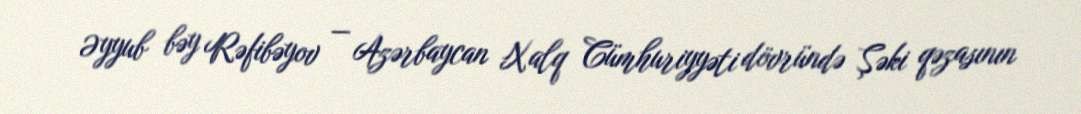
Əyyub bəy Rəfibəyov — Azərbaycan Xalq Cümhuriyyəti dövründə Şəki qəzasının